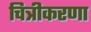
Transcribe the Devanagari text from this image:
चित्रीकरणा